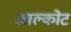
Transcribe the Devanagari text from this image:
आल्कोट